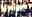
بالراديو